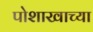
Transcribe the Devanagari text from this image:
पोशाखाच्या